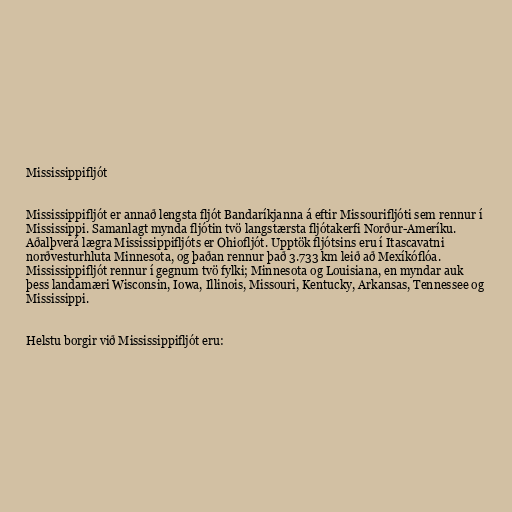
Mississippifljót

Mississippifljót er annað lengsta fljót Bandaríkjanna á eftir Missourifljóti sem rennur í
Mississippi. Samanlagt mynda fljótin tvö langstærsta fljótakerfi Norður-Ameríku.
Aðalþverá lægra Mississippifljóts er Ohiofljót. Upptök fljótsins eru í Itascavatni
norðvesturhluta Minnesota, og þaðan rennur það 3.733 km leið að Mexíkóflóa.
Mississippifljót rennur í gegnum tvö fylki; Minnesota og Louisiana, en myndar auk
þess landamæri Wisconsin, Iowa, Illinois, Missouri, Kentucky, Arkansas, Tennessee og
Mississippi.

Helstu borgir við Mississippifljót eru: